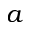
a